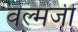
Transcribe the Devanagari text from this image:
वल्मजी